Lunatic asylums in Bengal annual reports 1912-1924 - 1912-1924
Year: 1912
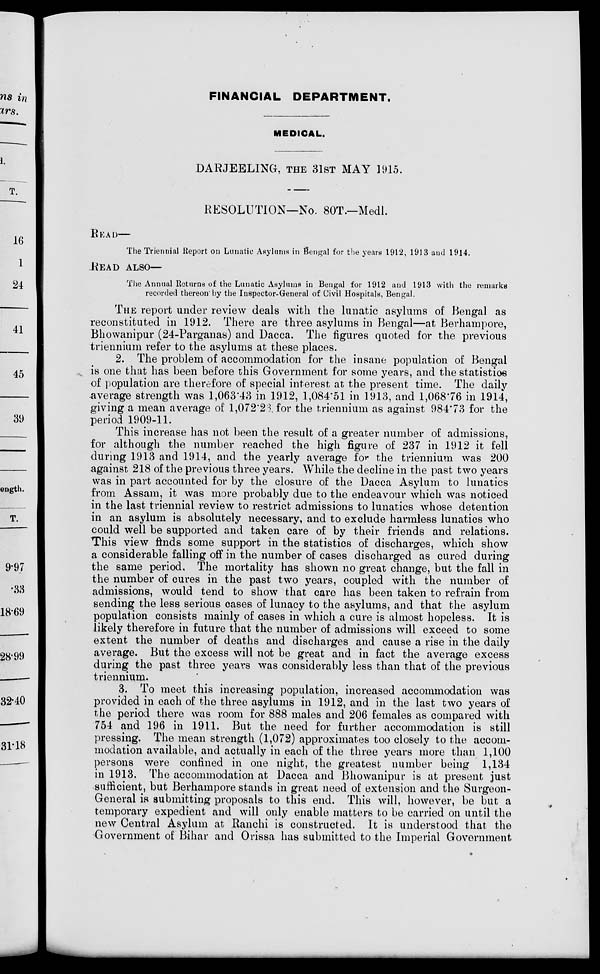
FINANCIAL DEPARTMENT.
MEDICAL.
DARJEELING, THE 31ST MAY 1915.
RESOLUTION—No. 80T.—Medl.
READ—
The Triennial Report on Lunatic Asylums in Bengal for the years 1912, 1913 and 1914.
READ ALSO—
The Annual Returns of the Lunatic Asylums in Bengal for 1912 and 1913 with the remarks
recorded thereon by the Inspector-General of Civil Hospitals, Bengal.
THE report under review deals with the lunatic asylums of Bengal as
reconstituted in 1912. There are three asylums in Bengal—at Berhampore,
Bhowanipur (24-Parganas) and Dacca. The figures quoted for the previous
triennium refer to the asylums at these places.
2. The problem of accommodation for the insane population of Bengal
is one that has been before this Government for some years, and the statistics
of population are therefore of special interest at the present time. The daily
average strength was 1,063.43 in 1912, 1,084.51 in 1913, and 1,068.76 in 1914,
giving a mean average of 1,072.23. for the triennium as against 984.73 for the
period 1909-11.
This increase has not been the result of a greater number of admissions,
for although the number reached the high figure of 237 in 1912 it fell
during 1913 and 1914, and the yearly average for the triennium was 200
against 218 of the previous three years. While the decline in the past two years
was in part accounted for by the closure of the Dacca Asylum to lunatics
from Assam, it was more probably due to the endeavour which was noticed
in the last triennial review to restrict admissions to lunatics whose detention
in an asylum is absolutely necessary, and to exclude harmless lunatics who
could well be supported and taken care of by their friends and relations.
This view finds some support in the statistics of discharges, which show
a considerable falling off in the number of cases discharged as cured during
the same period. The mortality has shown no great change, but the fall in
the number of cures in the past two years, coupled with the number of
admissions, would tend to show that care has been taken to refrain from
sending the less serious cases of lunacy to the asylums, and that the asylum
population consists mainly of cases in which a cure is almost hopeless. It is
likely therefore in future that the number of admissions will exceed to some
extent the number of deaths and discharges and cause a rise in the daily
average. But the excess will not be great and in fact the average excess
during the past three years was considerably less than that of the previous
triennium.
3. To meet this increasing population, increased accommodation was
provided in each of the three asylums in 1912, and in the last two years of
the period there was room for 888 males and 206 females as compared with
754 and 196 in 1911. But the need for further accommodation is still
pressing. The mean strength (1,072) approximates too closely to the accom-
modation available, and actually in each of the three years more than 1,100
persons were confined in one night, the greatest number being 1,134
in 1913. The accommodation at Dacca and Bhowanipur is at present just
sufficient, but Berhampore stands in great need of extension and the Surgeon-
General is submitting proposals to this end. This will, however, be but a
temporary expedient and will only enable matters to be carried on until the
new Central Asylum at Ranchi is constructed. It is understood that the
Government of Bihar and Orissa has submitted to the Imperial Government